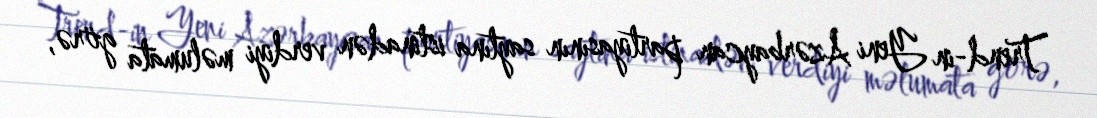
Trend-in Yeni Azərbaycan partiyasının saytına istinadən verdiyi məlumata görə,